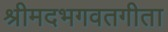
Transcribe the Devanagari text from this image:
श्रीमदभगवतगीता